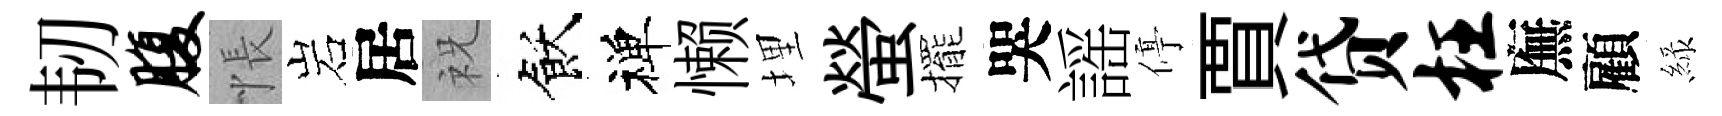
韧腹悵岩居祝飫禅懒埋螢擺哭謡停賈贷枉廡顧緑